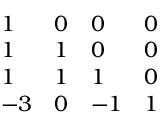
\begin{array} { l l l l } { { 1 } } & { { 0 } } & { { 0 } } & { { 0 } } \\ { { 1 } } & { { 1 } } & { { 0 } } & { { 0 } } \\ { { 1 } } & { { 1 } } & { { 1 } } & { { 0 } } \\ { { - 3 } } & { { 0 } } & { { - 1 } } & { { 1 } } \end{array}